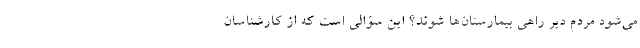
می‌شود مردم دیر راهی بیمارستان‌ها شوند؟ این سؤالی است که از کارشناسان